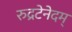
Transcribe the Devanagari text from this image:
रुद्रटेनेदम्